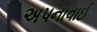
અપનાવાઈ